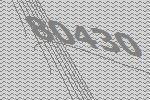
80430